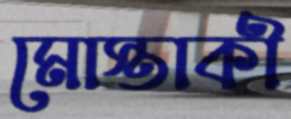
মোস্তাকী